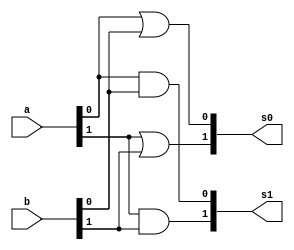
//-------------------------------------
//Exemplo0032 - operao selecionvel
// Nome: Julio Machado
// Matrcula: 435666
//-------------------------------------


module f4selectable (output [1:0] s0, output [1:0] s1, input [1:0]a, input [1:0]b);
	or or1(s0[0],a[0],b[0]);
	or or2(s0[1],a[1],b[1]);
	and and1(s1[0],a[0],b[0]);
	and and2(s1[1],a[1],b[1]);
endmodule //f4 selectable

module chave(s,a,b,sinal);
	input [1:0]a;
	input [1:0]b;
	input sinal;
	output [1:0]s;
	reg [1:0]s;
	
	always @(a or b or sinal)
	
	begin
		if(~sinal)
			s = a;
		else
			s = b;
	end
endmodule

module test_f4selectable;
	//definir dados
	reg [1:0] a;
	reg [1:0] b;
	reg chave;
	wire [1:0] w0;
	wire [1:0] w1;
	wire [1:0] s;
	
	//instancia
	f4selectable f4s1(w0,w1,a,b);
	chave chave1(s,w0,w1, chave);
	
	//valor inicial
	initial begin
		a = 2'b00;
		b = 2'b00;
		chave = 0;
	end
	
	//parte principal
	initial begin
		$display("Exemplo0032 - Julio Machado - 435666");
		$display("LU selectable - running tests -(0):or,(1):and");
		$display("\nchave\t a   (| ou &)   b = s");
		$monitor("%b\t %4b or/and %4b = %4b", chave,a,b,s);
		#1 chave = 1;
		#1 a = 2'b00; b = 2'b01; chave = 0;
		#1 chave = 1;
		
		#1 chave = 1;
		#1 b = 2'b10; chave = 0;
		#1 chave = 1;
		
		#1 chave = 1;
		#1 b = 2'b11; chave = 0;
		#1 chave = 1;
		
		#1 chave = 1;
		#1 a = 2'b01; b = 2'b00; chave = 0;
		#1 chave = 1;
		
		#1 chave = 1;
		#1 b = 2'b01; chave = 0;
		#1 chave = 1;
		
		#1 chave = 1;
		#1 b = 2'b10; chave = 0;
		#1 chave = 1;
		
		#1 chave = 1;
		#1 b = 2'b11; chave = 0;
		#1 chave = 1;
		
		#1 chave = 1;
		#1 a = 2'b10; b = 2'b00; chave = 0;
		#1 chave = 1;
		
		#1 chave = 1;
		#1 b = 2'b01; chave = 0;
		#1 chave = 1;
		
		#1 chave = 1;
		#1 b = 2'b10; chave = 0;
		#1 chave = 1;
		
		#1 chave = 1;
		#1 b = 2'b11; chave = 0;
		#1 chave = 1;
		
		#1 chave = 1;
		#1 a = 2'b11; b = 2'b00; chave = 0;
		#1 chave = 1;
		
		#1 chave = 1;
		#1 b = 2'b01; chave = 0;
		#1 chave = 1;
		
		#1 chave = 1;
		#1 b = 2'b10; chave = 0;
		#1 chave = 1;
		
		#1 chave = 1;
		#1 b = 2'b11; chave = 0;
		#1 chave = 1;
	end
	
endmodule //teste_f4selectable